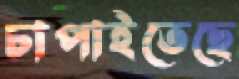
চাপাইতেছে